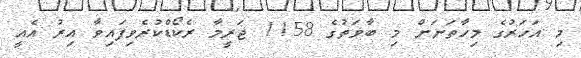
މި އަހަރުގެ މިހާތަނަށް މި ބާވަތުގެ 1158 ޖަރީމާ ރެކޯޑްކުރެވިފައިވާ އިރު އެއީ